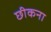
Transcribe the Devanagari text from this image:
छीकना